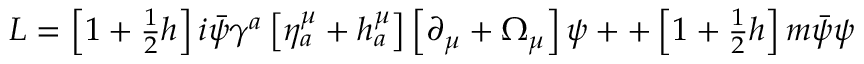
\begin{array} { c } { { L = \left[ 1 + \frac 1 2 h \right] i \bar { \psi } \gamma ^ { a } \left[ \eta _ { a } ^ { \mu } + h _ { a } ^ { \mu } \right] \left[ \partial _ { \mu } + \Omega _ { \mu } \right] \psi + + \left[ 1 + \frac 1 2 h \right] m \bar { \psi } \psi } } \end{array}